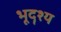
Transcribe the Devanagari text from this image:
भूदॄश्य